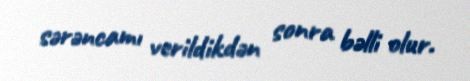
sərəncamı verildikdən sonra bəlli olur.